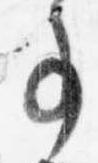
事